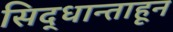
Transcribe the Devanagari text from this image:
सिद्धान्ताहून